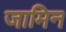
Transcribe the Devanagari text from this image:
जामिन